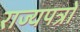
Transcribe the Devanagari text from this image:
राज्यपत्रों